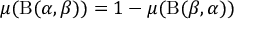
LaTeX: \mu ( \mathrm { B } ( \alpha , \beta ) ) = 1 - \mu ( \mathrm { B } ( \beta , \alpha ) )